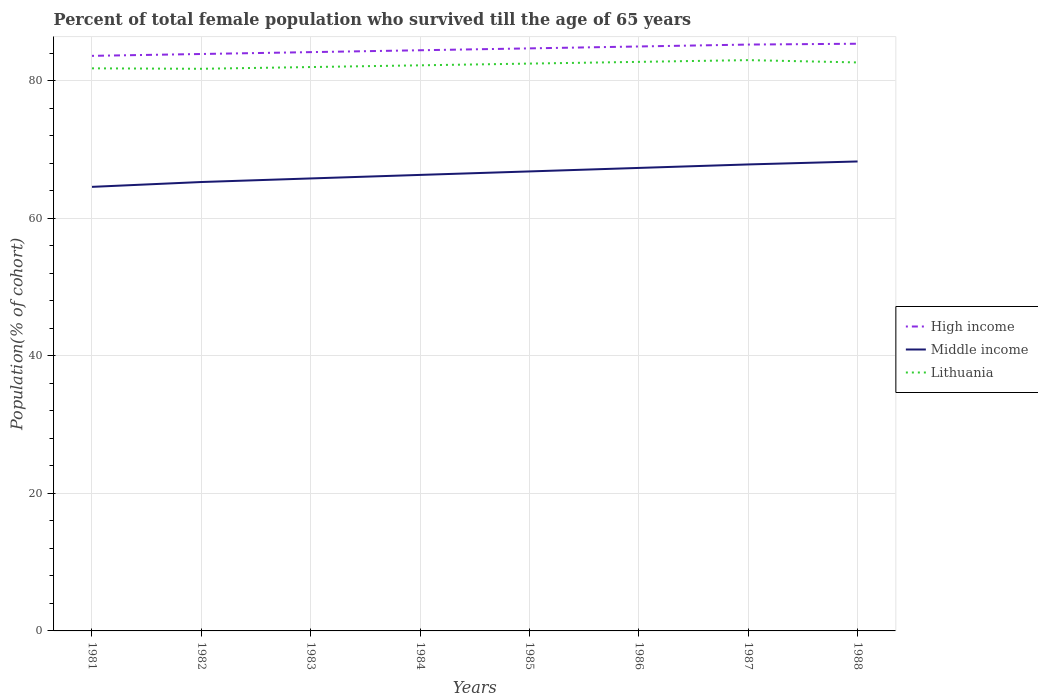
| Years | High income | Middle income | Lithuania |
 | --- | --- | --- | --- |
 | 1981 | 83.6 | 64.5 | 81.8 |
 | 1982 | 83.9 | 65.3 | 81.7 |
 | 1983 | 84.1 | 65.8 | 82 |
 | 1984 | 84.4 | 66.3 | 82.2 |
 | 1985 | 84.7 | 66.8 | 82.5 |
 | 1986 | 85 | 67.3 | 82.7 |
 | 1987 | 85.2 | 67.8 | 83 |
 | 1988 | 85.4 | 68.2 | 82.6 |